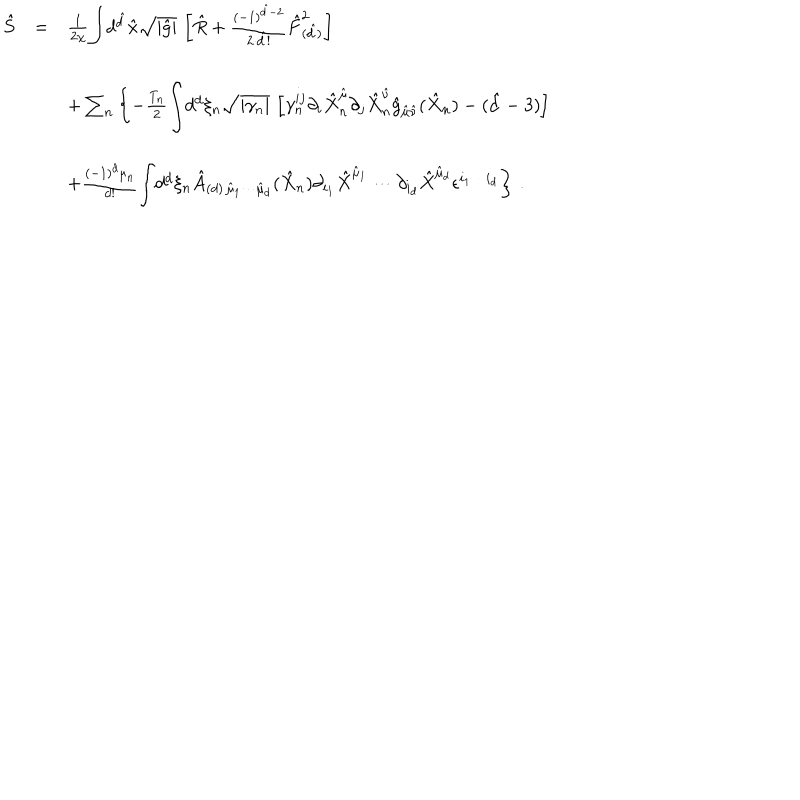
\begin{array} { r c l } { { \hat { S } } } & { { = } } & { { \frac { 1 } { 2 \chi } { \displaystyle \int } d ^ { \hat { d } } \hat { x } \sqrt { | \hat { g } | } \, \left[ \hat { R } + \frac { ( - 1 ) ^ { \hat { d } - 2 } } { 2 \cdot \hat { d } ! } \hat { F } _ { ( \hat { d } ) } ^ { 2 } \right] } } \\ { { } } & { { } } & { { } } \\ { { } } & { { } } & { { + \sum _ { n } \left\{ - \frac { T _ { n } } { 2 } { \displaystyle \int } d ^ { d } \xi _ { n } \sqrt { | \gamma _ { n } | } \, \left[ \gamma _ { n } ^ { i j } \partial _ { i } \hat { X } _ { n } ^ { \hat { \mu } } \partial _ { j } \hat { X } _ { n } ^ { \hat { \nu } } \hat { g } _ { \hat { \mu } \hat { \nu } } ( \hat { X } _ { n } ) - ( \hat { d } - 3 ) \right] \right. } } \\ { { } } & { { } } & { { } } \\ { { } } & { { } } & { { \left. + \frac { ( - 1 ) ^ { d } \mu _ { n } } { d ! } { \displaystyle \int } d ^ { d } \xi _ { n } \hat { A } _ { ( d ) \, \hat { \mu } _ { 1 } \cdots \hat { \mu } _ { d } } ( \hat { X } _ { n } ) \partial _ { i _ { 1 } } \hat { X } ^ { \hat { \mu } _ { 1 } } \cdots \partial _ { i _ { d } } \hat { X } ^ { \hat { \mu } _ { d } } \epsilon ^ { i _ { 1 } \cdots i _ { d } } \right\} \, . } } \\ \end{array}